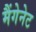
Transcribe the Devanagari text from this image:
मैंगेनेट